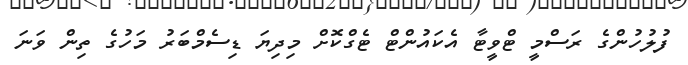
ފުލުހުންގެ ރަސްމީ ޓްވީޓާ އެކައުންޓް ޓެގްކޮށް މިދިޔަ ޑިސެމްބަރު މަހުގެ ތިން ވަނަ